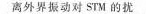
离外界振动对STM的扰